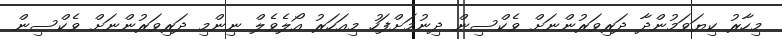
މިހާރު ކިޔަވަމުންދާ ދަރިވަރުންނަށް ވެކްސިން ދިނުމަށްފަހު މިއަހަރު އޯލެވެލް ނިންމި ދަރިވަރުންނަށް ވެކްސިން